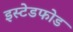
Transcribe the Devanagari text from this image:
इस्टेडफोड